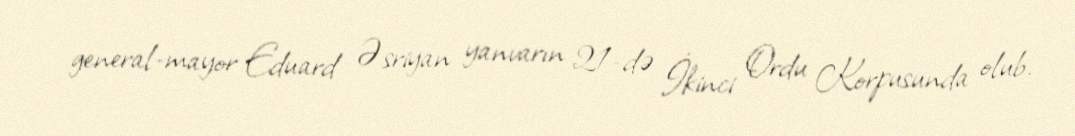
general-mayor Eduard Əsriyan yanvarın 21-də İkinci Ordu Korpusunda olub.